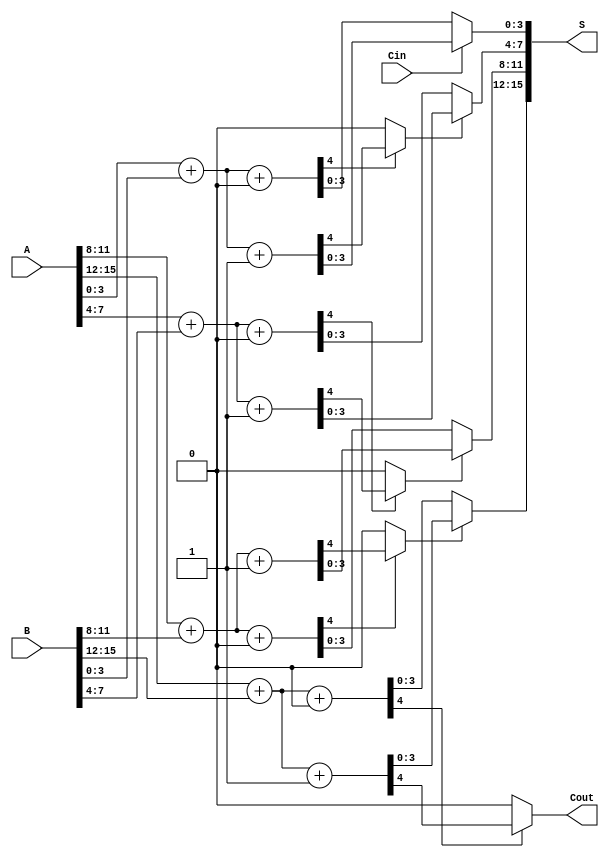
module CCSLA #(parameter N = 16) (
    input  [N-1:0] A,      // First n-bit input
    input  [N-1:0] B,      // Second n-bit input
    input  Cin,            // Carry-in
    output [N-1:0] S,      // n-bit sum output
    output Cout            // Carry-out output
);

    localparam M = 4;  // Block size
    localparam NUM_BLOCKS = N / M;

    // Declare partial sums and carries
    wire [M-1:0] S0 [0:NUM_BLOCKS-1]; // Sum when Carry-in is 0
    wire [M-1:0] S1 [0:NUM_BLOCKS-1]; // Sum when Carry-in is 1
    wire C0 [0:NUM_BLOCKS-1];         // Carry-out when Carry-in is 0
    wire C1 [0:NUM_BLOCKS-1];         // Carry-out when Carry-in is 1
    wire [NUM_BLOCKS-1:0] selected_sum; // Selected sum based on carry-out

    // Generate partial sums and carries for each block
    genvar i;
    generate
        for (i = 0; i < NUM_BLOCKS; i = i + 1) begin : block
            wire [M-1:0] A_block = A[M*i +: M];
            wire [M-1:0] B_block = B[M*i +: M];

            // Calculate S0 and S1
            assign {C0[i], S0[i]} = A_block + B_block + 1'b0; // Assume Carry-in is 0
            assign {C1[i], S1[i]} = A_block + B_block + 1'b1; // Assume Carry-in is 1
        end
    endgenerate

    // Carry selection logic
    wire [NUM_BLOCKS-1:0] carry_in;
    assign carry_in[0] = Cin;

    generate
        for (i = 0; i < NUM_BLOCKS; i = i + 1) begin : carry_select
            if (i > 0) begin
                assign carry_in[i] = C0[i-1] ? C1[i-1] : C0[i-1];
            end

            // Select the appropriate sum based on carry_in and carry_out from previous block
            assign S[M*i +: M] = carry_in[i] ? S1[i] : S0[i];
        end
    endgenerate

    // Final carry-out
    assign Cout = C0[NUM_BLOCKS-1] ? C1[NUM_BLOCKS-1] : C0[NUM_BLOCKS-1];

endmodule